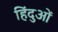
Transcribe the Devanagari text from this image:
हिंदुआें